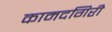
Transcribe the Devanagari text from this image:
कामदगिरी